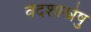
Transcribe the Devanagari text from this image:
वेदशास्त्रेषु